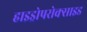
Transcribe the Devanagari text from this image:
हाइड्रोपरोक्साइड